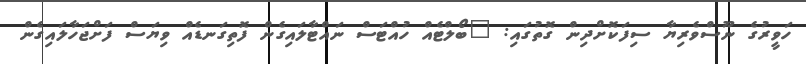
ހަވީރުގެ ނޫސްވެރިޔާ ސިފަކޮށްދިން ގޮތުގައި: "ބޯލްޓެއް ހުއްޓަސް ނައްޓާލައިގެން ފޮތިގަނޑެއް ވިޔަސް ފަށްޖަހާލައިގެން